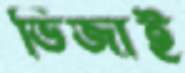
ভিজাই